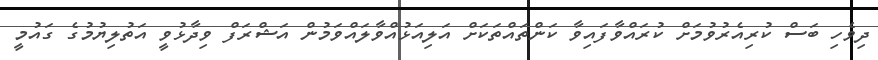
ދިވެހި ބަސް ކުރިއެރުވުމަށް ކުރައްވާފައިވާ ކަންތައްތަކަށް އަލިއަޅުއްވާލައްވަމުން އަޝްރަފް ވިދާޅުވީ އަތުލިޔުމުގެ ގައުމީ